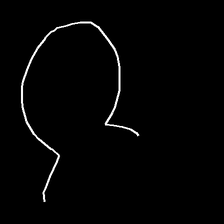
Glyph: weave